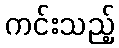
ကင်းသည့်